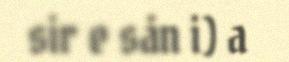
sir e sån i) a